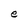
Character: e